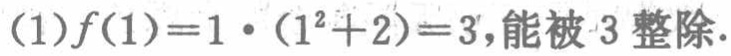
(1)$f(1)=1\cdot(1^{2}+2)=3$,能被$3$整除.